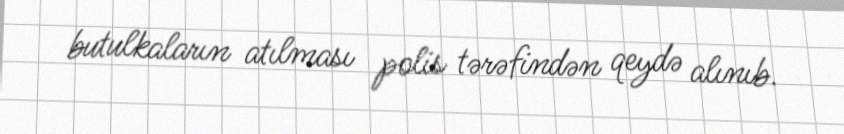
butulkaların atılması polis tərəfindən qeydə alınıb.